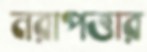
নরাপত্তার